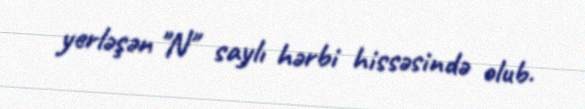
yerləşən "N" saylı hərbi hissəsində olub.